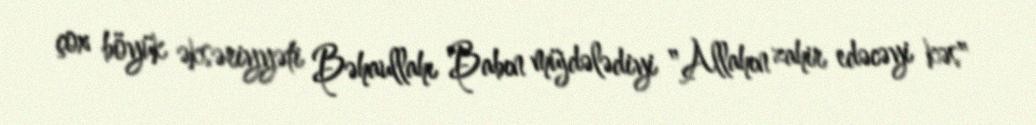
çox böyük əksəriyyəti Bəhaullahı Babın müjdələdiyi "Allahın zahir edəcəyi kəs"